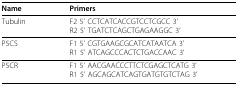
<table><thead><tr><td><b>Name</b></td><td><b>Primers</b></td></tr></thead><tbody><tr><td>Tubulin</td><td>F2 5' CCTCATCACCGTCCTCGCC 3'R2 5' TGATCTCAGCTGAGAAGGC 3'</td></tr><tr><td>P5CS</td><td>F1 5' CGTGAAGCGCATCATAATCA 3'R1 5' ATCAGCCCACTCTGACCAAC 3'</td></tr><tr><td>P5CR</td><td>F1 5' AACGAACCCTTCTCGAGCTCATG 3'R1 5' AGCAGCATCAGTGATGTGTCTAG 3'</td></tr></tbody></table>